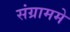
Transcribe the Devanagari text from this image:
संग्राममे